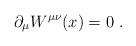
LaTeX: \begin{align*}\partial_\mu W^{\mu\nu}(x)=0\ .\end{align*}